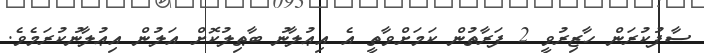
ސާފުކުރަން ހާޒިރުވީ 2 ފަރާތުން ކަމަށްވާތީ އެ އިޢުލާނު ބާޠިލުކޮށް އަލުން އިޢުލާނުކުރަމެވެ.